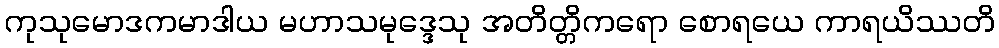
ကုသုမောဒကမာဒါယ မဟာသမုဒ္ဒေသု အတိတ္တိကရော စောရယေ ကာရယိဿတိ